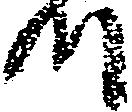
つ